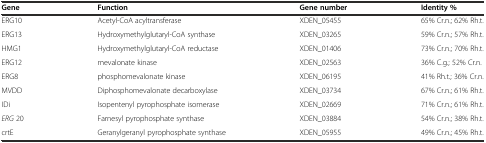
<table><thead><tr><td><b>Gene</b></td><td><b>Function</b></td><td><b>Gene number</b></td><td><b>Identity %</b></td></tr></thead><tbody><tr><td>ERG10</td><td>Acetyl-CoA acyltransferase</td><td>XDEN_05455</td><td>65% Cr.n.; 62% Rh.t.</td></tr><tr><td>ERG13</td><td>Hydroxymethylglutaryl-CoA synthase</td><td>XDEN_03265</td><td>59% Cr.n.; 57% Rh.t.</td></tr><tr><td>HMG1</td><td>Hydroxymethylglutaryl-CoA reductase</td><td>XDEN_01406</td><td>73% Cr.n.; 70% Rh.t.</td></tr><tr><td>ERG12</td><td>mevalonate kinase</td><td>XDEN_02563</td><td>36% C.g.; 52% Cr.n.</td></tr><tr><td>ERG8</td><td>phosphomevalonate kinase</td><td>XDEN_06195</td><td>41% Rh.t.; 36% Cr.n.</td></tr><tr><td>MVDD</td><td>Diphosphomevalonate decarboxylase</td><td>XDEN_03734</td><td>67% Cr.n.; 61% Rh.t.</td></tr><tr><td>IDi</td><td>Isopentenyl pyrophosphate isomerase</td><td>XDEN_02669</td><td>71% Cr.n.; 61% Rh.t.</td></tr><tr><td><i>ERG</i> 20</td><td>Farnesyl pyrophosphate synthase</td><td>XDEN_03884</td><td>54% Cr.n.; 38% Rh.t.</td></tr><tr><td>crtE</td><td>Geranylgeranyl pyrophosphate synthase</td><td>XDEN_05955</td><td>49% Cr.n.; 45% Rh.t.</td></tr></tbody></table>